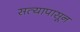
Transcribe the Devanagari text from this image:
सत्यापासून